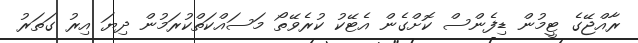
ރާއްޖޭގެ ޓީމުން ޑިފެންސް ކޮށްގެން އެޓޭކު ކުރެވޭތޯ މަސައްކަތްކުރަމުން ދިޔަ އިރު ގަތަރު